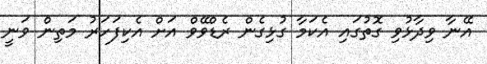
އޭނާ ވިދާޅުވި ގޮތުގައި އެކަމާ ގުޅިގެން ރެޑްވޭވް އަށް އެކިފަހަރު މަތިން ވަނީ